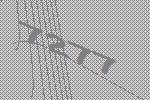
7277